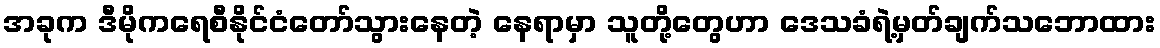
အခုက ဒီမိုကရေစီနိုင်ငံတော်သွားနေတဲ့ နေရာမှာ သူတို့တွေဟာ ဒေသခံရဲ့မှတ်ချက်သဘောထား